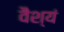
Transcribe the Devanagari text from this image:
वैश्यं